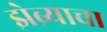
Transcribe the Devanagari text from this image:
झेब्र्याचा